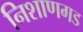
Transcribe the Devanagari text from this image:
निशाणगड